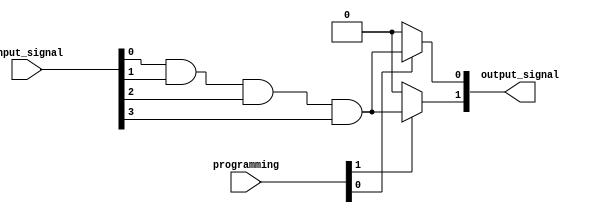
module gpal #(
    parameter N = 4, // Number of inputs
    parameter M = 2, // Number of outputs
    parameter P = 4  // Number of AND gates
)(
    input wire [N-1:0] input_signal,  // n input lines
    input wire [P-1:0] programming,     // Programming signals for AND gates
    output wire [M-1:0] output_signal    // m output lines
);

    // Internal signals for AND gate outputs
    wire [P-1:0] and_outputs;

    // Programmable AND gates
    genvar i;
    generate
        for (i = 0; i < P; i = i + 1) begin : and_gate
            // Each AND gate can accept any combination of inputs or their complements
            assign and_outputs[i] = (programming[i] == 1'b1) ? 
                (input_signal[0] & input_signal[1] & input_signal[2] & input_signal[3]) : 1'b0;
            // Extend the logic for programming each AND gate as required
        end
    endgenerate

    // Fixed OR gates for combining the AND gate outputs
    generate
        for (i = 0; i < M; i = i + 1) begin : or_gate
            assign output_signal[i] = (i < P) ? and_outputs[i] : 1'b0; // Connect first P AND gates
            // Can implement more complex OR logic as necessary
        end
    endgenerate
endmodule